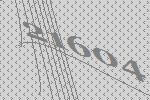
21604